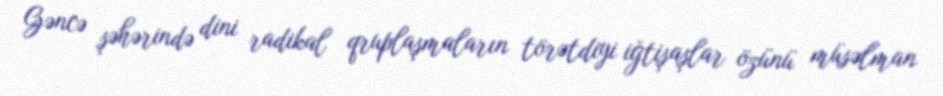
Gəncə şəhərində dini radikal qruplaşmaların törətdiyi iğtişaşlar özünü müsəlman